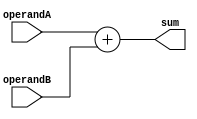
module Adder(
    input wire [31:0] operandA, //  A
    input wire [31:0] operandB, //  B
    output wire [31:0] sum       //  
);

    assign sum = operandA + operandB;

endmodule